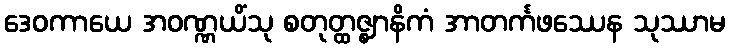
ဒေဝကာယေ အဝဏ္ဏယိံသု စတုတ္ထဇ္ဈာနိကံ အာတင်္ကဖဿေန သုဿာမ